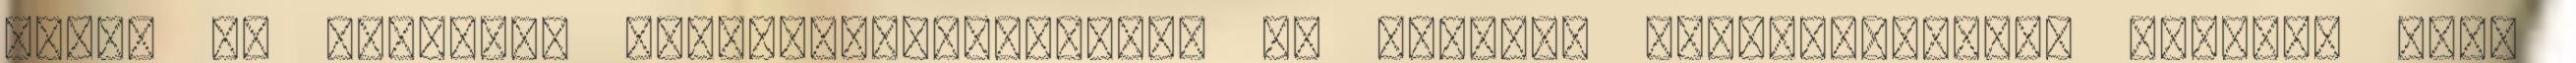
tejet is adhatunk szobanövényeinknek, ez szintén nitrogéntrágya hatású. Akik